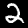
Label: 2